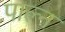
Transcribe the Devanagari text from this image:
पाल्न